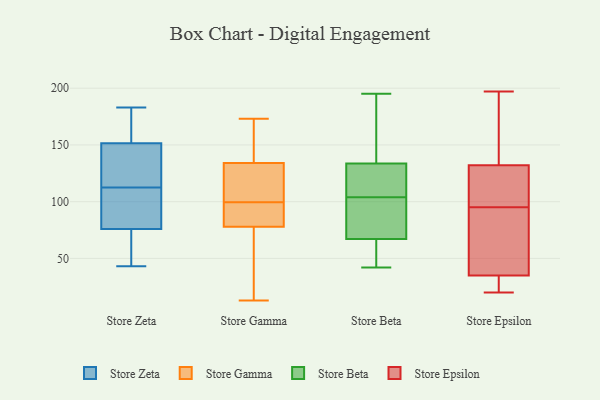
{"axis": {"x": "LTV (USD)", "y": "Value"}, "legend": ["Store Beta", "Store Epsilon", "Store Gamma", "Store Zeta"], "data": [{"x": "", "y": 106, "type": "Store Zeta"}, {"x": "", "y": 68, "type": "Store Zeta"}, {"x": "", "y": 43, "type": "Store Zeta"}, {"x": "", "y": 183, "type": "Store Zeta"}, {"x": "", "y": 84, "type": "Store Zeta"}, {"x": "", "y": 183, "type": "Store Zeta"}, {"x": "", "y": 53, "type": "Store Zeta"}, {"x": "", "y": 119, "type": "Store Zeta"}, {"x": "", "y": 135, "type": "Store Zeta"}, {"x": "", "y": 126, "type": "Store Zeta"}, {"x": "", "y": 99, "type": "Store Zeta"}, {"x": "", "y": 168, "type": "Store Zeta"}, {"x": "", "y": 78, "type": "Store Gamma"}, {"x": "", "y": 13, "type": "Store Gamma"}, {"x": "", "y": 120, "type": "Store Gamma"}, {"x": "", "y": 84, "type": "Store Gamma"}, {"x": "", "y": 99, "type": "Store Gamma"}, {"x": "", "y": 60, "type": "Store Gamma"}, {"x": "", "y": 30, "type": "Store Gamma"}, {"x": "", "y": 100, "type": "Store Gamma"}, {"x": "", "y": 81, "type": "Store Gamma"}, {"x": "", "y": 173, "type": "Store Gamma"}, {"x": "", "y": 117, "type": "Store Gamma"}, {"x": "", "y": 134, "type": "Store Gamma"}, {"x": "", "y": 155, "type": "Store Gamma"}, {"x": "", "y": 160, "type": "Store Gamma"}, {"x": "", "y": 42, "type": "Store Beta"}, {"x": "", "y": 104, "type": "Store Beta"}, {"x": "", "y": 46, "type": "Store Beta"}, {"x": "", "y": 46, "type": "Store Beta"}, {"x": "", "y": 116, "type": "Store Beta"}, {"x": "", "y": 136, "type": "Store Beta"}, {"x": "", "y": 93, "type": "Store Beta"}, {"x": "", "y": 74, "type": "Store Beta"}, {"x": "", "y": 115, "type": "Store Beta"}, {"x": "", "y": 76, "type": "Store Beta"}, {"x": "", "y": 145, "type": "Store Beta"}, {"x": "", "y": 133, "type": "Store Beta"}, {"x": "", "y": 82, "type": "Store Beta"}, {"x": "", "y": 44, "type": "Store Beta"}, {"x": "", "y": 116, "type": "Store Beta"}, {"x": "", "y": 152, "type": "Store Beta"}, {"x": "", "y": 195, "type": "Store Beta"}, {"x": "", "y": 20, "type": "Store Epsilon"}, {"x": "", "y": 175, "type": "Store Epsilon"}, {"x": "", "y": 20, "type": "Store Epsilon"}, {"x": "", "y": 97, "type": "Store Epsilon"}, {"x": "", "y": 106, "type": "Store Epsilon"}, {"x": "", "y": 30, "type": "Store Epsilon"}, {"x": "", "y": 86, "type": "Store Epsilon"}, {"x": "", "y": 132, "type": "Store Epsilon"}, {"x": "", "y": 23, "type": "Store Epsilon"}, {"x": "", "y": 80, "type": "Store Epsilon"}, {"x": "", "y": 80, "type": "Store Epsilon"}, {"x": "", "y": 197, "type": "Store Epsilon"}, {"x": "", "y": 97, "type": "Store Epsilon"}, {"x": "", "y": 124, "type": "Store Epsilon"}, {"x": "", "y": 147, "type": "Store Epsilon"}, {"x": "", "y": 193, "type": "Store Epsilon"}, {"x": "", "y": 93, "type": "Store Epsilon"}, {"x": "", "y": 35, "type": "Store Epsilon"}]}